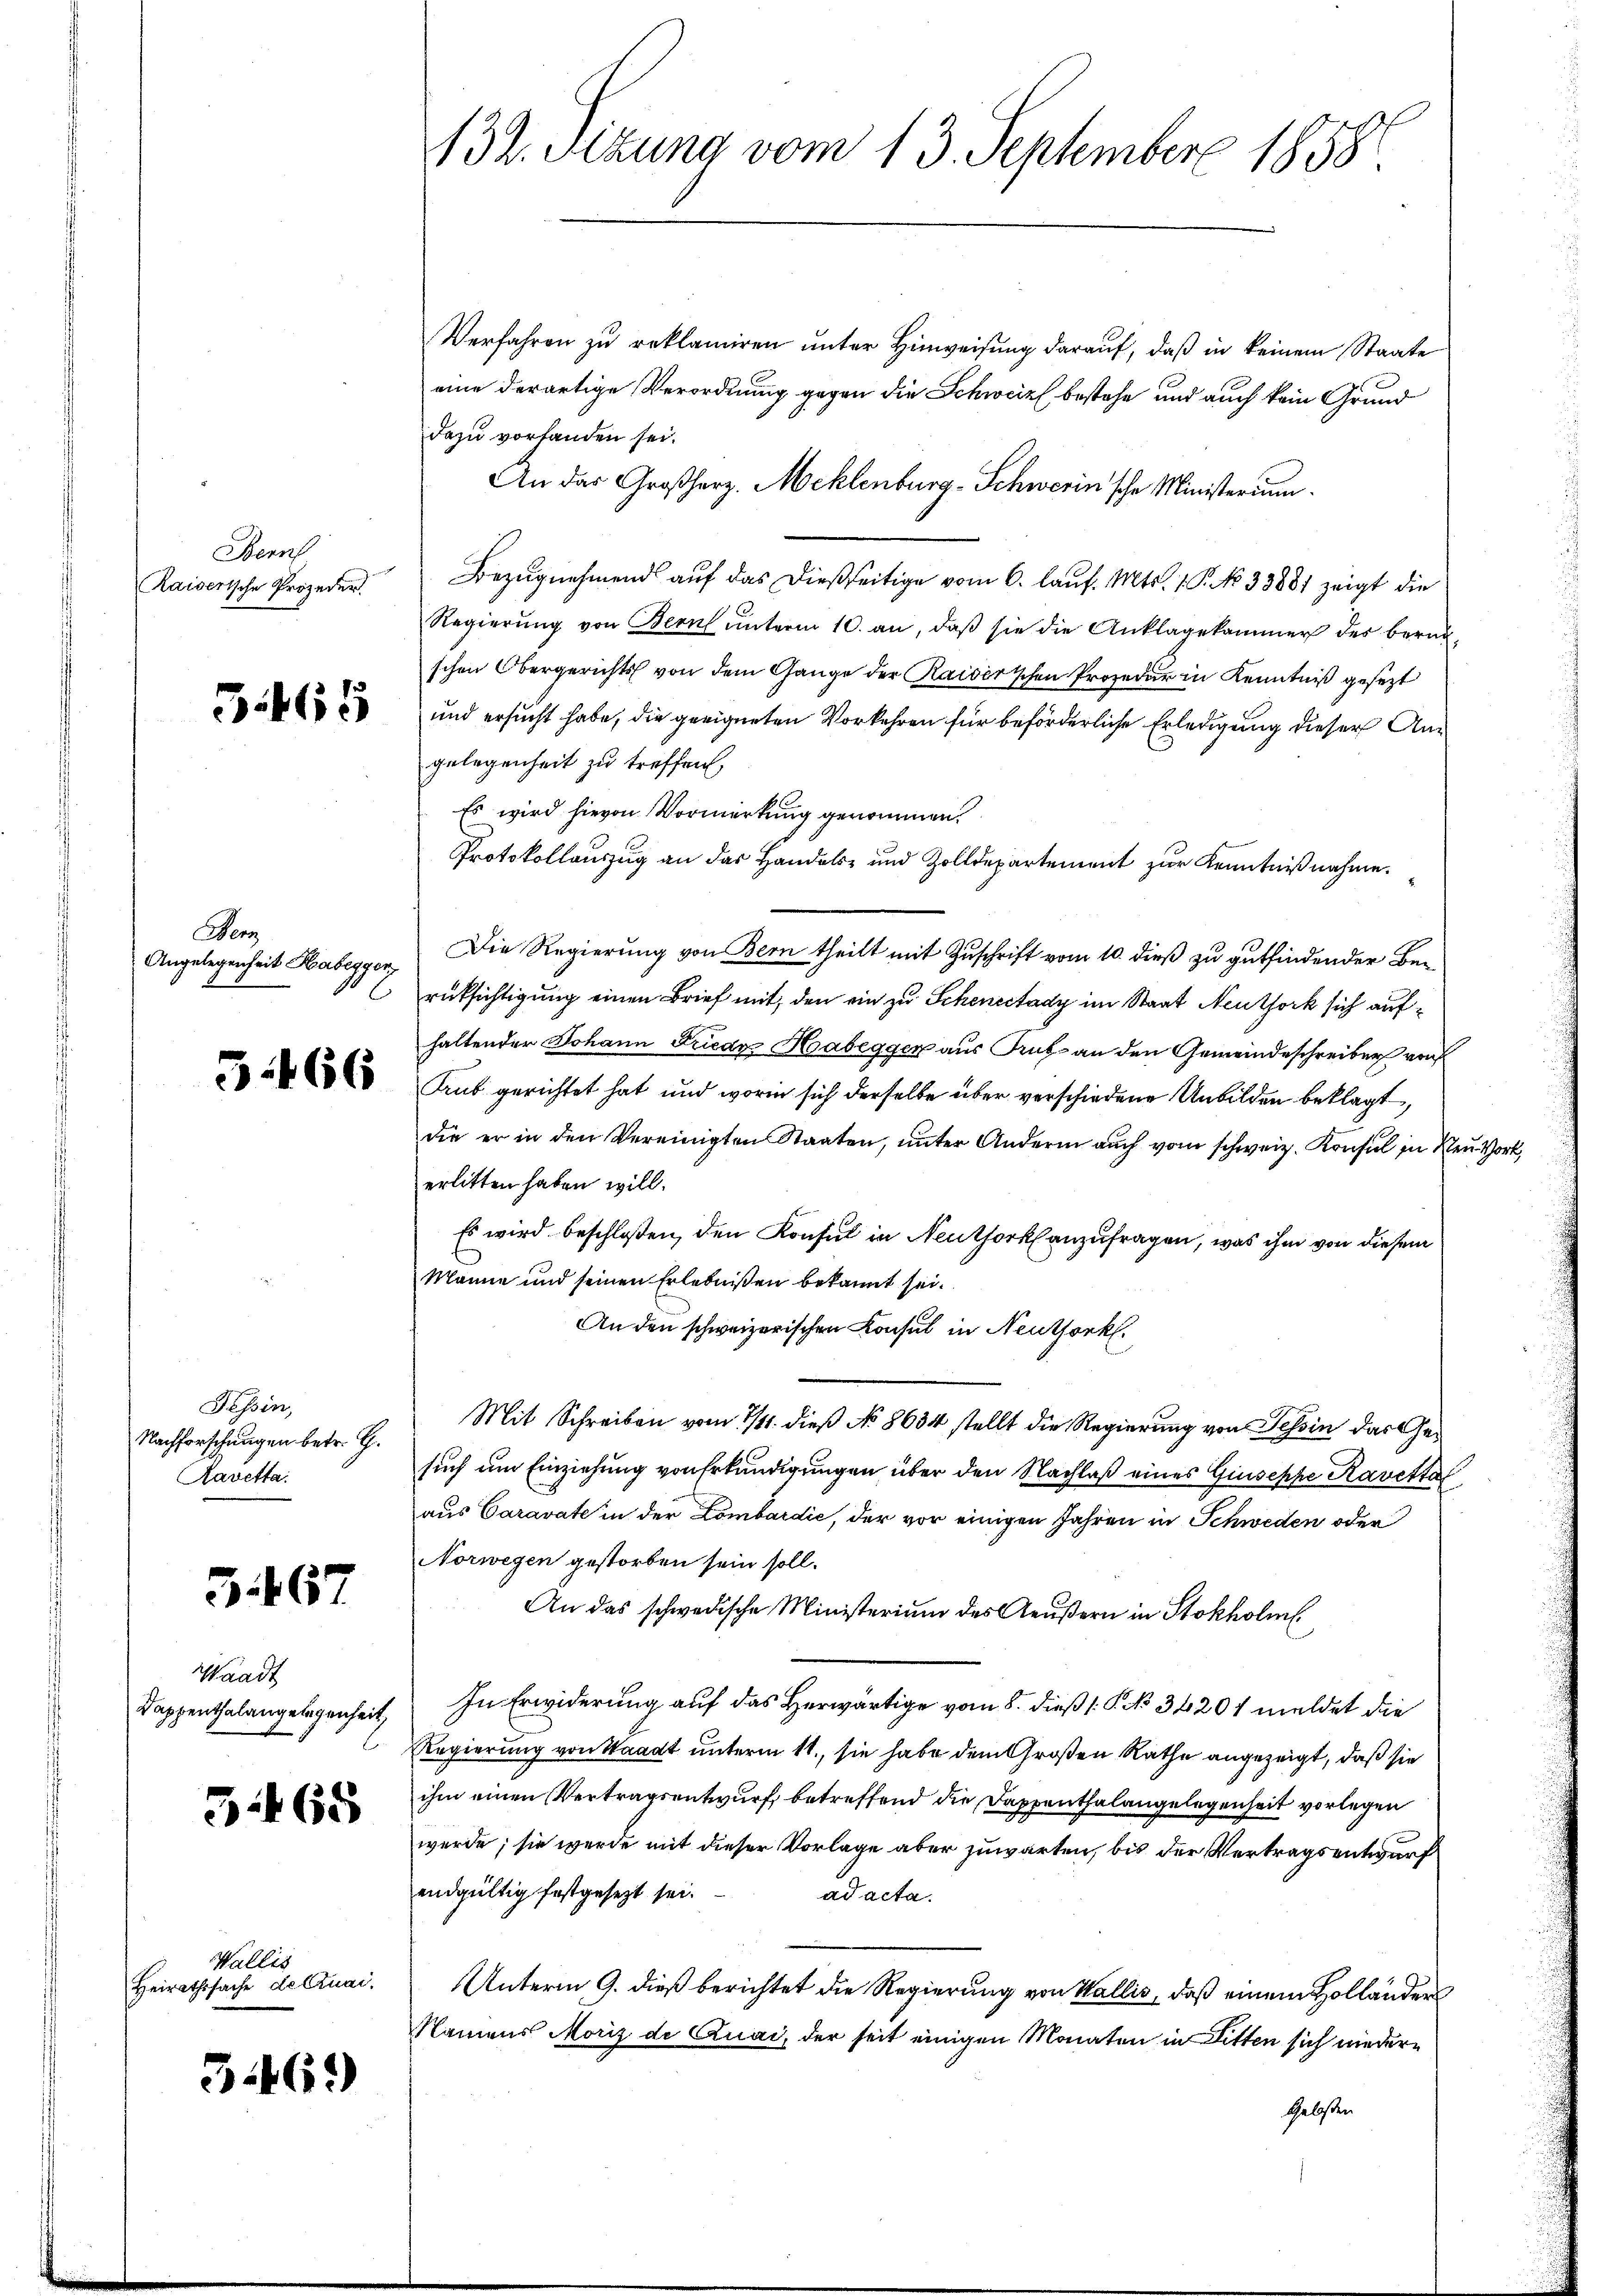
Bern

Wenz
Angelegenheit Habegger,
6

Tessin,
Nachforschungen betr. G.
Kavetta

5.467

Waadt
Dappenthalangelegenheit,

3:468

Wallis
Heirathssache de Cruai.

346)

Verfahren zu reklamiren unter Hinweisung darauf, daß in keinem Staate
eine derartige Verordnung gegen die Schweiz bestehe und auch kein Grund
dazu vorhanden sei.
An das Großherz. Meklenburg-Schwerin'sche Ministerium
Kaiserische Projeder Bezŭgnehmend aŭf das dießseitige vom 6. laŭf. Mts. 1. P. No 33881 zeigt die
Regierŭng von Bern unterm 10. an, daß sie die Anklagekammer der beruh
schen Obergerichts von dem Gange der Kaiserischen Prozedur in Kenntniß gesezt
x und ersucht habe, die geeigneten Vorkehren für beförderliche Erledigung dieser Angelegenheit zu treffen,
Es wird hievon Vormerkung genommen.
Protokollauszug an das Handels- und Zolldepartement zur Kenntnißnahme.
Die Regierung von Bern theilt mit Zuschrift vom 10. dieß zu gutfindender Berücksichtigung einen Brief mit, den ein zu Schenectady im Staat Neuthork sich aufhaltender Johann Friedr Habegger aus Trub an den Gemeindeschreiber von
  Auf gerichtet hat und worin sich derselbe über verschiedene Unbilden beklagt,
die er in den Vereinigten Staaten, unter Andern auch vom schweiz. Konsul in Neu Vor
erlitten haben will.
Es wird beschloßen, den Konsul in Neuthork anzufragen, was ihm von diesem
Manne und seinen Erlebnißen bekannt sei.
An den schweizerischen Konsul in Neuthork
Mit Schreiben vom 1/11. dieß No 8634 stellt die Regierung von Tessin das Gesuch um Einziehung von Erkundigungen über den Nachlaß eines Giuseppe Kavettel
aus Caravate in der Lombardić, der vor einigen Jahren in Schweden oder
Norwegen gestorben sein soll.
An das schwedische Ministerium des Aeußern in Stokholm
In Erwiderung auf das Herwärtige vom 8. dieß (: P. No 34201 meldet die
Regierung von Waadt unterm 11., sie habe dem Großen Rathe angezeigt, daß sie
ihm einen Vertragsentwurf betreffend die Dappenthalangelegenheit vorlegen
werde; sie werde mit dieser Vorlage aber zuwarten, bis der Vertragsentwurf
endgültig festgesezt sei.
ad acta.
Unterm 9. dieß berichtet die Regierung von Wallis, daß einem Holländers
Namens Moriz de Quai, der seit einigen Monaten in Litten sich nieder¬
Gelosten

132. Sizung vom 13. September 1858